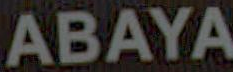
ABAYA